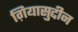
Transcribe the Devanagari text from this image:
ग़ियासुद्दीन